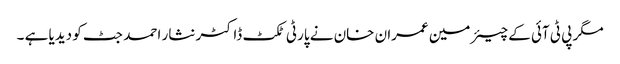
مگر پی ٹی آئی کے چیئرمین عمران خان نے پارٹی ٹکٹ ڈاکٹر نثار احمد جٹ کو دیدیا ہے ۔